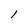
Character: l